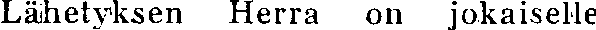
Lähetyksen Herra on jokaiselle